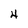
Character: 4